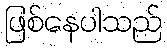
ဖြစ်နေပါသည်